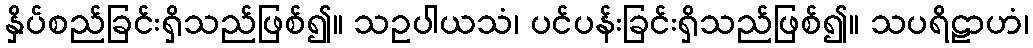
နှိပ်စည်ခြင်းရှိသည်ဖြစ်၍။ သဥပါယသံ၊ ပင်ပန်းခြင်းရှိသည်ဖြစ်၍။ သပရိဠာဟံ၊